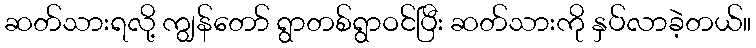
ဆတ်သားရလို့ ကျွန်တော် ရွာတစ်ရွာဝင်ပြီး ဆတ်သားကို နှပ်လာခဲ့တယ်။